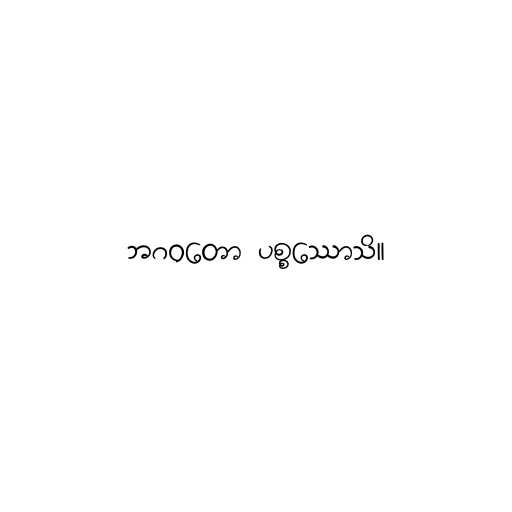
ဘဂဝတော ပစ္စဿောသိ။